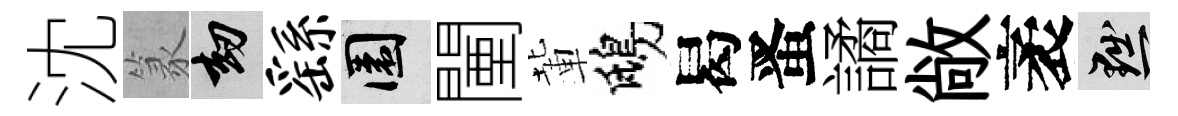
沈篆劫繇園闉輩鴟曷󱉠譎敞袤黜